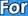
For